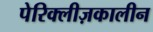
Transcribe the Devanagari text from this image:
पेरिक्लीज़कालीन